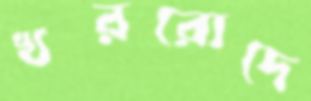
খররোদে